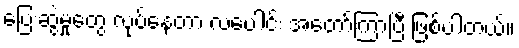
ပြေးဆွဲမှုတွေ လုပ်နေတာ လပေါင်း အတော်ကြာပြီ ဖြစ်ပါတယ်။